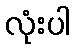
လုံးပါ